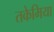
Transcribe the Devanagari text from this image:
तकेमिया